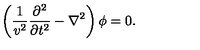
\left( \frac { 1 } { v ^ { 2 } } \frac { \partial ^ { 2 } } { \partial t ^ { 2 } } - \nabla ^ { 2 } \right) \phi = 0 .